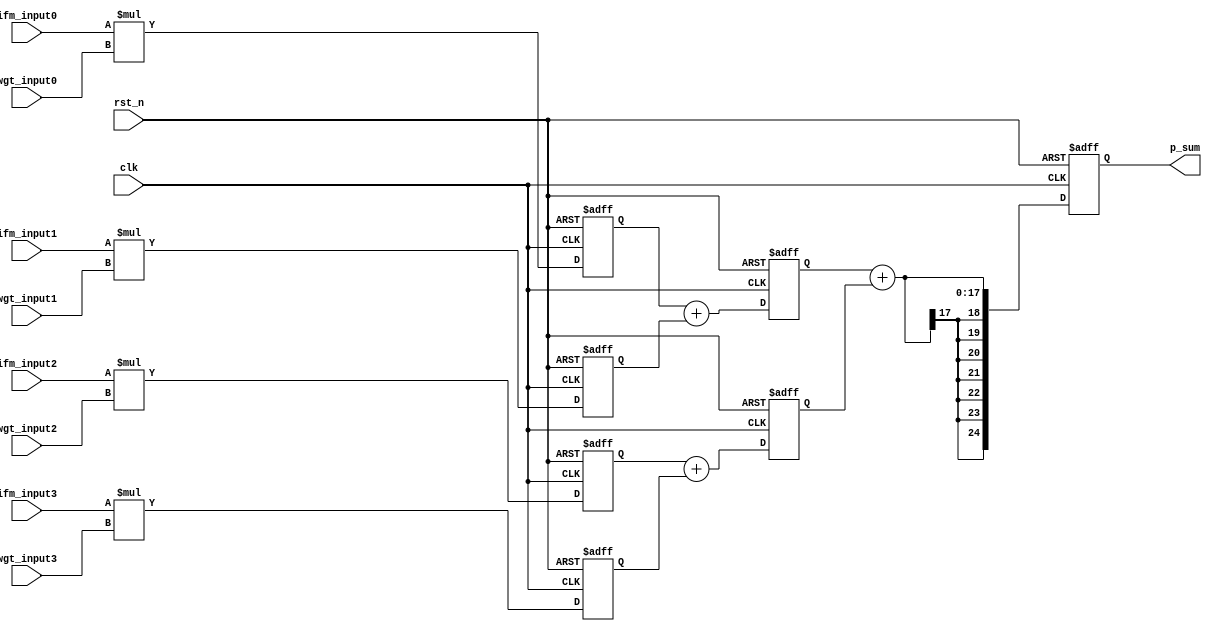
module PE (clk, rst_n, ifm_input0, ifm_input1, ifm_input2, ifm_input3, 
            wgt_input0, wgt_input1, wgt_input2, wgt_input3, p_sum);

input clk;
input rst_n;
input signed [7:0] ifm_input0;
input signed [7:0] ifm_input1;
input signed [7:0] ifm_input2;
input signed [7:0] ifm_input3;

input signed [7:0] wgt_input0;
input signed [7:0] wgt_input1;
input signed [7:0] wgt_input2;
input signed [7:0] wgt_input3;

output signed [24:0] p_sum;

reg signed [15:0] product [3:0];
reg signed [16:0] pp_sum [1:0];
reg signed [24:0] p_sum;


integer i;
integer j;

always @(posedge clk or negedge rst_n) 
    if (~rst_n) 
    begin
        for(i = 0; i < 4; i = i + 1) 
        begin
            product[i] <= 0;
        end

        for(i = 0; i < 2; i = i + 1) 
        begin
            pp_sum[i] <= 0;
        end
        p_sum <= 0;
    end
    else
    begin
        product[0] <= ifm_input0 * wgt_input0;
        product[1] <= ifm_input1 * wgt_input1;
        product[2] <= ifm_input2 * wgt_input2;
        product[3] <= ifm_input3 * wgt_input3;

        pp_sum[0] <= product[0] + product[1];
        pp_sum[1] <= product[2] + product[3];
        p_sum <= pp_sum[0] + pp_sum[1];
    end


endmodule //PE